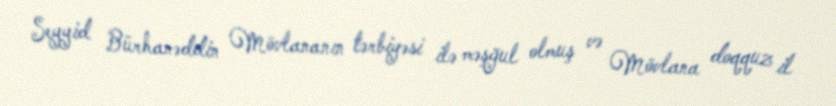
Seyyid Bürhanəddin Mövlananın tərbiyəsi ilə məşğul olmuş və Mövlana doqquz il